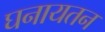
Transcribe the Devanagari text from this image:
घनायतन